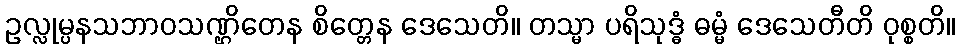
ဥလ္လုမ္ပနသဘာဝသဏ္ဌိတေန စိတ္တေန ဒေသေတိ။ တသ္မာ ပရိသုဒ္ဓံ ဓမ္မံ ဒေသေတီတိ ဝုစ္စတိ။